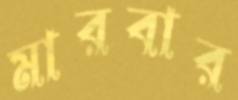
মারবার